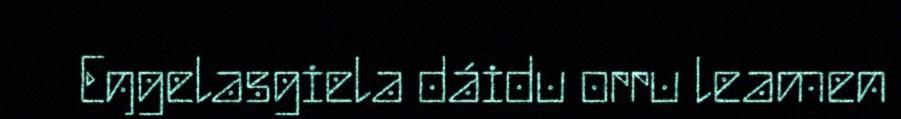
Eŋgelasgiela dáidu orru leamen